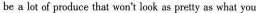
be a bt of produce that won't look as pretty ns what you